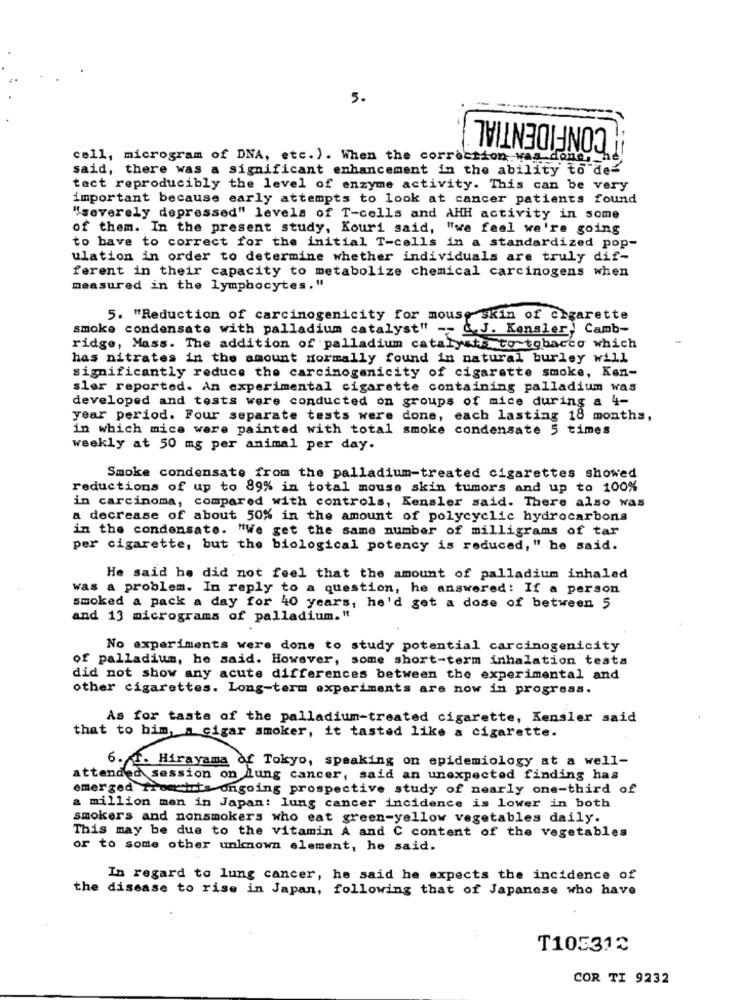
5.
CONFIDENTIAL
cell, microgram of DNA, etc. ). When the correction was done, he
said, there was a significant enhancement in the ability to de-
tact reproducibly the level of enzyme activity. This can be very
important because early attempts to look at cancer patients found
"severely depressed" levels of T-cells and AHH activity in some
of them. In the present study, Kouri said, "we feel we're going
to have to correct for the initial T-cells in a standardized pop-
ulation in order to determine whether individuals are truly dif-
ferent in their capacity to metabolize chemical carcinogens when
measured in the lymphocytes."
5. "Reduction of carcinogenicity for mouse skin of cigarette
smoke condensate with palladium catalyst" -- C.J. Kensler, Camb-
ridge, Mass. The addition of palladium catalysts to tobacco which
has nitrates in the amount normally found in natural burley will
significantly reduce the carcinogenicity of cigarette smoke, Ken-
sler reported. An experimental cigarette containing palladium was
developed and tests were conducted on groups of mice during a 4-
year period. Four separate tests were done, each lasting 18 months,
in which mice were painted with total smoke condensate 5 times
weekly at 50 mg per animal per day.
Smoke condensate from the palladium-treated cigarettes showed
reductions of up to 89% in total mouse skin tumors and up to 100%
in carcinoma, compared with controls, Kensler said. There also was
a decrease of about 50% in the amount of polycyclic hydrocarbons
in the condensate. "We get the same number of milligrams of tar
per cigarette, but the biological potency is reduced," he said.
He said he did not feel that the amount of palladium inhaled
was a problem. In reply to a question, he answered: If a person
smoked a pack a day for 40 years, he'd get a dose of between 5
and 13 micrograms of palladium."
No experiments were done to study potential carcinogenicity
of palladium, he said. However, some short-term inhalation tests
did not show any acute differences between the experimental and
other cigarettes. Long-term experiments are now in progress.
As for taste of the palladium-treated cigarette, Kensler said
that to bim, a cigar smoker, it tasted like a cigarette.
6. T. Hirayama of Tokyo, speaking on epidemiology at a well-
attended session on lung cancer, said an unexpected finding has
emerged from its ongoing prospective study of nearly one-third of
a million men in Japan: lung cancer incidence is lower in both
smokers and nonsmokers who eat green-yellow vegetables daily.
This may be due to the vitamin A and C content of the vegetables
or to some other unknown element, he said.
In regard to lung cancer, he said he expects the incidence of
the disease to rise in Japan, following that of Japanese who have
T105312
COR TI 9232